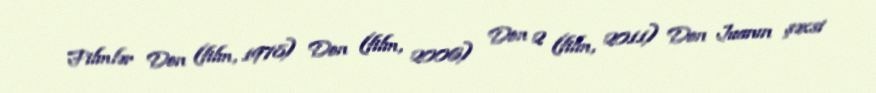
Filmlər Don (film, 1978) Don (film, 2006) Don 2 (film, 2011) Don Juanın şəxsi